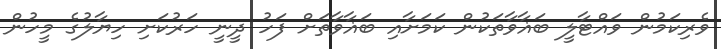
ވެރިކަމުން ވައްޓާލީ ބަޣާވާތަކުން ކަމަށާއި ބަޣާވާތަށް ފަހު ދީނީ ހަރުކަށި ހިޔާލުގެ މީހުން